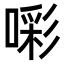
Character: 𭊑